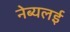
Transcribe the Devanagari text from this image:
नेब्यलई